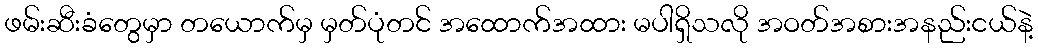
ဖမ်းဆီးခံတွေမှာ တယောက်မှ မှတ်ပုံတင် အထောက်အထား မပါရှိသလို အဝတ်အစားအနည်းငယ်နဲ့